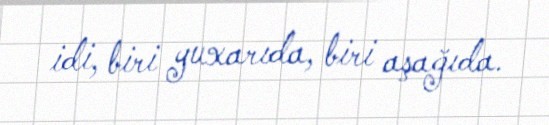
idi, biri yuxarıda, biri aşağıda.